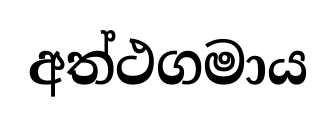
අත්ථගමාය